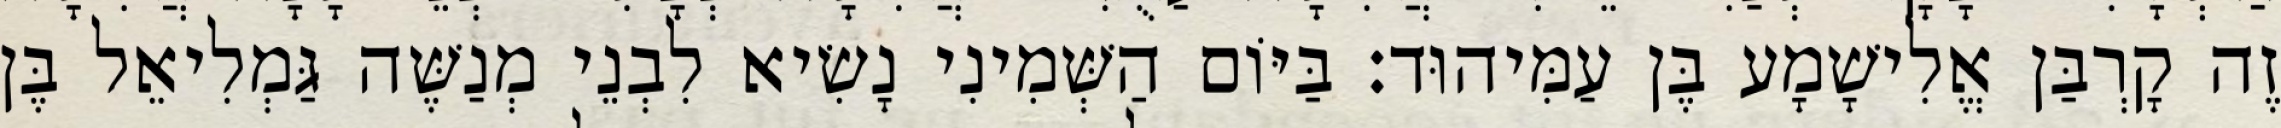
זֶה קָרְבַּן אֱלִישָׁמָע בֶּן עַמִּיהוּד׃ בַּיּוֹם הַשְּׁמִינִי נָשִׂיא לִבְנֵי מְנַשֶּׁה גַּמְלִיאֵל בֶּן